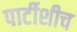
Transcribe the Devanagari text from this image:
पार्टीशीच